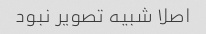
اصلا شبیه تصویر نبود